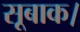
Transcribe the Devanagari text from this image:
सूबाक।